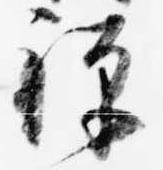
禅